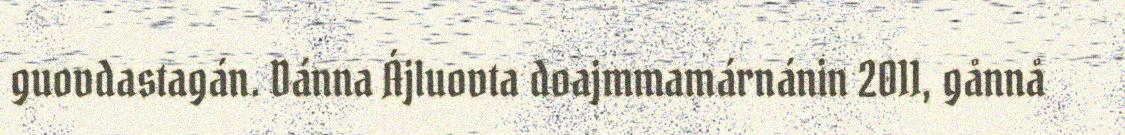
guovdastagán. Dánna Ájluovta doajmmamárnánin 2011, gånnå